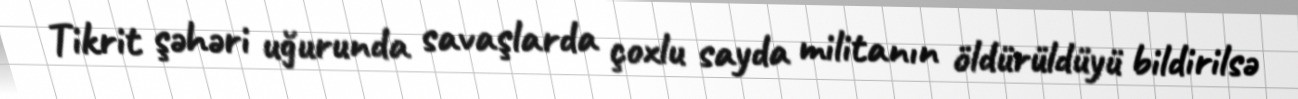
Tikrit şəhəri uğurunda savaşlarda çoxlu sayda militanın öldürüldüyü bildirilsə